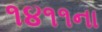
૧૪૧૧ના